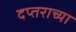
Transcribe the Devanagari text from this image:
दप्तराच्या